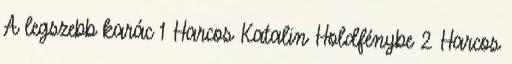
A legszebb karác 1 Harcos Katalin Holdfénybe 2 Harcos